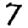
Digit: 7